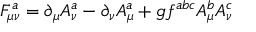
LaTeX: F _ { \mu \nu } ^ { a } = \partial _ { \mu } A _ { \nu } ^ { a } - \partial _ { \nu } A _ { \mu } ^ { a } + g f ^ { a b c } A _ { \mu } ^ { b } A _ { \nu } ^ { c }